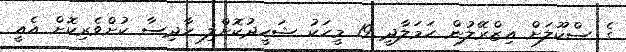
ގެ ސްކޫލަށް އިޒްރޭލުން ހަމަލާދީ 19 މީހަކު ޝަހީދުކޮށްލި ހާދިސާ ކުށްވެރިކޮށް އެއީ